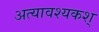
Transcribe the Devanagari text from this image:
अत्यावश्यकश्